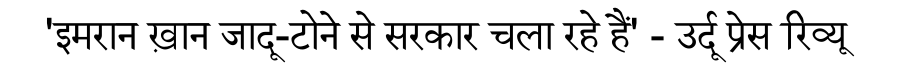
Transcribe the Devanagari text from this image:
'इमरान ख़ान जादू-टोने से सरकार चला रहे हैं' - उर्दू प्रेस रिव्यू